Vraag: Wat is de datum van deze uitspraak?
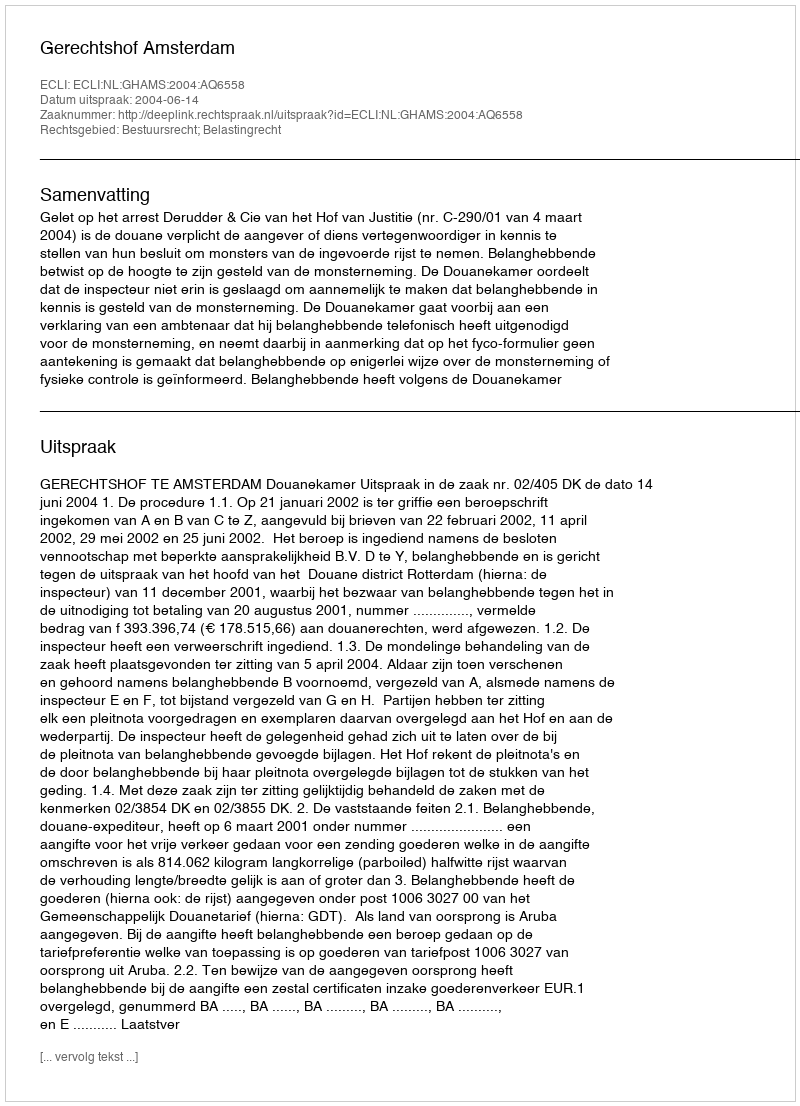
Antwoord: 2004-06-14